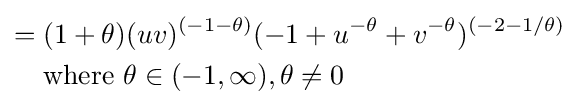
{\begin{aligned}={}&(1+\theta )(uv)^{(-1-\theta )}(-1+u^{-\theta }+v^{-\theta })^{(-2-1/\theta )}\\&{\text{where }}\theta \in (-1,\infty ),\theta \neq 0\end{aligned}}